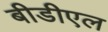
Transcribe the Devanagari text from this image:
बीडीएल